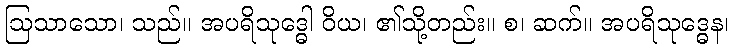
ဩသာသော၊ သည်။ အပရိသုဒ္ဓေါ ဝိယ၊ ၏သို့တည်း။ စ၊ ဆက်။ အပရိသုဒ္ဓေန၊